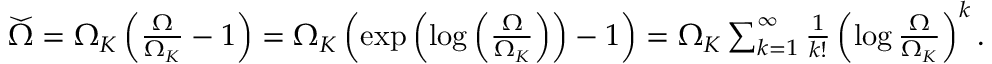
\begin{array} { r } { \widecheck { \Omega } = \Omega _ { K } \left( \frac { \Omega } { \Omega _ { K } } - 1 \right) = \Omega _ { K } \left( \exp \left( \log \left( \frac { \Omega } { \Omega _ { K } } \right) \right) - 1 \right) = \Omega _ { K } \sum _ { k = 1 } ^ { \infty } \frac { 1 } { k ! } \left( \log \frac { \Omega } { \Omega _ { K } } \right) ^ { k } . } \end{array}